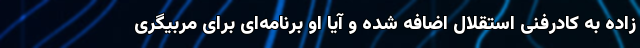
زاده به کادرفنی استقلال اضافه شده و آیا او برنامه‌ای برای مربیگری